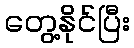
တွေ့နိုင်ပြီး